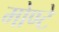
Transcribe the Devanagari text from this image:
मोण्टे